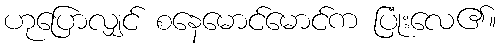
ဟုပြောလျှင် စနေမောင်မောင်က ပြုံးလေ၏။